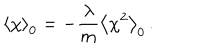
LaTeX: \left\langle \chi \right\rangle _ { 0 } = - \frac { \lambda } { m } \left\langle \chi ^ { 2 } \right\rangle _ { 0 } \, .